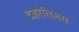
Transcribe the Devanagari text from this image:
टैक्रोलिमस